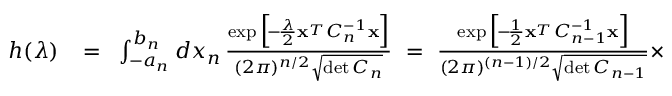
\begin{array} { r l r } { h ( \lambda ) } & { { } \! = \! } & { \int _ { - a _ { n } } ^ { b _ { n } } d x _ { n } \, { \frac { \exp \Big [ \! - \! { \frac { \lambda } { 2 } } { \bf x } ^ { _ T } C _ { n } ^ { - 1 } { \bf x } \Big ] } { ( 2 \pi ) ^ { n / 2 } \sqrt { \operatorname* { d e t } C _ { n } } } } \ = \ { \frac { \exp \Big [ \! - \! { \frac { 1 } { 2 } } { \bf x } ^ { _ T } C _ { n - 1 } ^ { - 1 } { \bf x } \Big ] } { ( 2 \pi ) ^ { ( n - 1 ) / 2 } \sqrt { \operatorname* { d e t } C _ { n - 1 } } } } \times } \end{array}